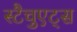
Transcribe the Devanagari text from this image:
स्टैचुएट्स